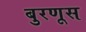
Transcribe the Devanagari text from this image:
बुरणूस